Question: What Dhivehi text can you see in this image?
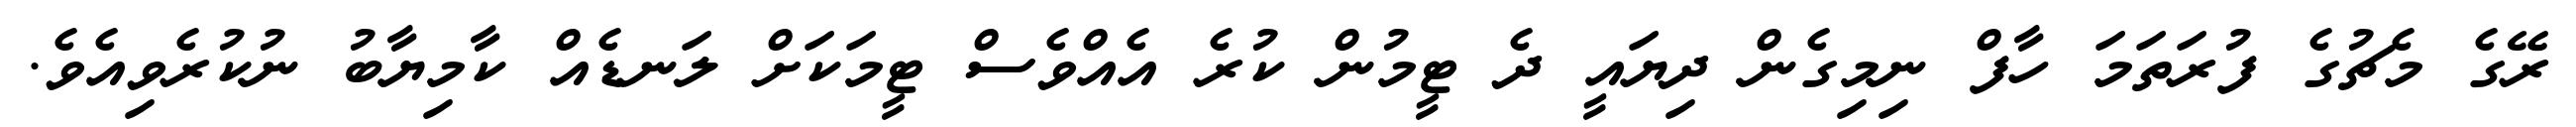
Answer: ރޭގެ މެޗުގެ ފުރަތަމަ ހާފް ނިމިގެން ދިޔައީ ދެ ޓީމުން ކުރެ އެއްވެސް ޓީމަކަށް ލަނޑެއް ކާމިޔާބު ނުކުރެވިއެވެ.